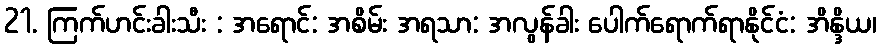
21. ကြက်ဟင်းခါးသီး : အရောင်: အစိမ်း အရသာ: အလွန်ခါး ပေါက်ရောက်ရာနိုင်ငံ: အိန္ဒိယ၊